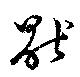
猒